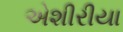
એશીરીયા